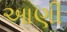
આણી